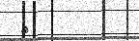
٨